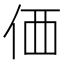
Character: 価